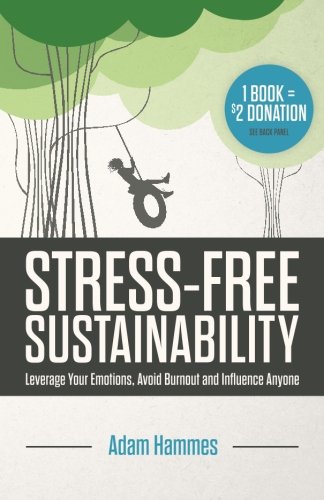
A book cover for Stress-Free Sustainability: Leverage Your Emotions, Avoid Burnout and Influence Anyone; Adam Hammes; Business & Money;